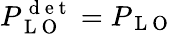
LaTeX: P_{\mathrm{~L~O~}}^{\mathrm{~d~e~t~}}=P_{\mathrm{~L~O~}}